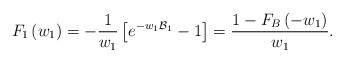
\begin{align*}F_{1}\left(w_{1}\right)=-\frac{1}{w_{1}}\left[e^{-w_{1}\mathcal{B}_{1}}-1\right]=\frac{1-F_{B}\left(-w_{1}\right)}{w_{1}}.\end{align*}